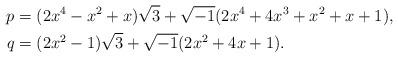
LaTeX: \begin{align*} p&=(2x^4-x^2+x)\sqrt{3}+\sqrt{-1}(2x^4+4x^3+x^2+x+1),\\ q&=(2x^2-1)\sqrt{3}+\sqrt{-1}(2x^2+4x+1).\end{align*}